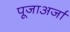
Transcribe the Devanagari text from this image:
पूजाअर्जा